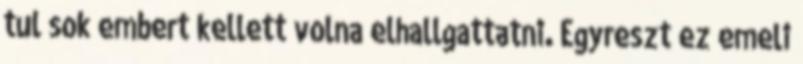
tul sok embert kellett volna elhallgattatni. Egyreszt ez emeli